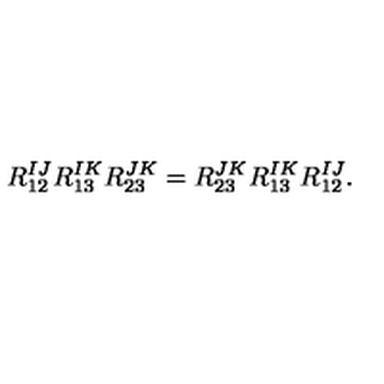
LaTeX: R _ { 1 2 } ^ { I J } R _ { 1 3 } ^ { I K } R _ { 2 3 } ^ { J K } = R _ { 2 3 } ^ { J K } R _ { 1 3 } ^ { I K } R _ { 1 2 } ^ { I J } .